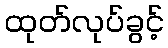
ထုတ်လုပ်ခွင့်